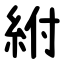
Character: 紨